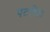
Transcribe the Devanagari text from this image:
पटविता